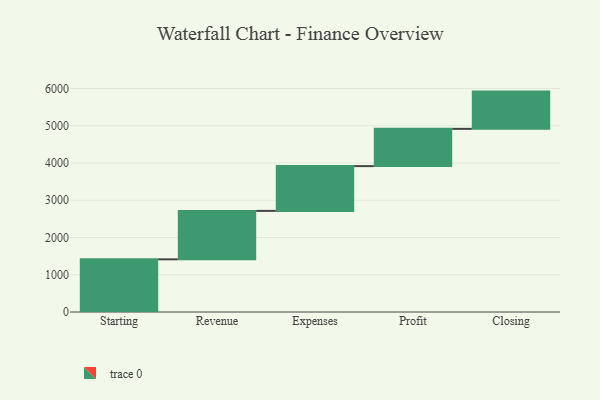
{"axis": {"x": "Step", "y": "Value"}, "legend": [""], "data": [{"x": "Starting", "y": 1414.0, "type": ""}, {"x": "Revenue", "y": 1300.0, "type": ""}, {"x": "Expenses", "y": 1202.0, "type": ""}, {"x": "Profit", "y": 1000, "type": ""}, {"x": "Closing", "y": 1000, "type": ""}]}